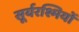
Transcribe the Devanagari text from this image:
सूर्यरश्मियों